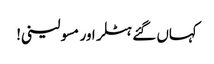
کہاں گئے ہٹلر اور مسولینی!